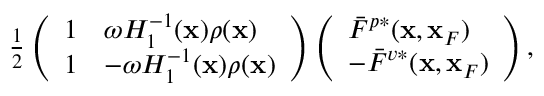
\begin{array} { r } { \frac { 1 } { 2 } \left( \begin{array} { l l } { 1 } & { \omega { \cal H } _ { 1 } ^ { - 1 } ( { \bf x } ) \rho ( { \bf x } ) } \\ { 1 } & { - \omega { \cal H } _ { 1 } ^ { - 1 } ( { \bf x } ) \rho ( { \bf x } ) } \end{array} \right) \left( \begin{array} { l } { \bar { F } ^ { p * } ( { \bf x } , { \bf x } _ { F } ) } \\ { - \bar { F } ^ { v * } ( { \bf x } , { \bf x } _ { F } ) } \end{array} \right) , } \end{array}